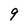
Character: 9